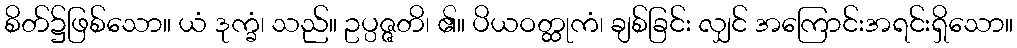
စိတ်၌ဖြစ်သော။ ယံ ဒုက္ခံ၊ သည်။ ဥပ္ပဇ္ဇတိ၊ ၏။ ပိယဝတ္ထုကံ၊ ချစ်ခြင်း လျှင် အကြောင်းအရင်းရှိသော။